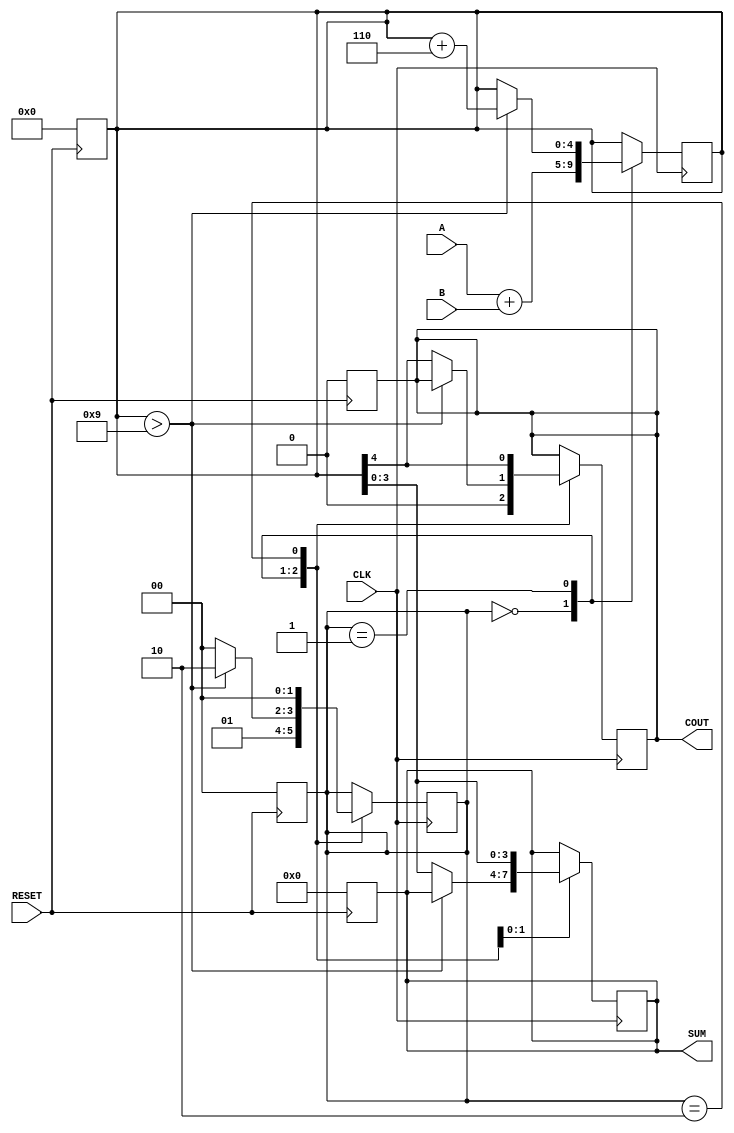
module BCD_Sequential_Adder (
    input  wire [3:0] A,            // First BCD digit
    input  wire [3:0] B,            // Second BCD digit
    input  wire CLK,                 // Clock signal
    input  wire RESET,               // Asynchronous reset
    output reg  [3:0] SUM,           // BCD sum output
    output reg  COUT                 // Carry out signal
);

    // Internal states
    reg [4:0] TEMP_SUM;              // 5-bit register for intermediate sum
    reg [1:0] STATE;                 // State register
    localparam IDLE = 2'b00,         // Idle state
               ADDING = 2'b01,       // Adding state
               ADJUSTING = 2'b10;    // Adjusting state

    // Asynchronous reset
    always @(posedge RESET) begin
        SUM <= 4'b0000;              // Initialize SUM to zero
        COUT <= 1'b0;                // Initialize COUT to zero
        TEMP_SUM <= 5'b00000;        // Initialize TEMP_SUM to zero
        STATE <= IDLE;               // Set state to IDLE
    end

    // Sequential logic on clock edge
    always @(posedge CLK) begin
        case (STATE)
            IDLE: begin
                // Move to ADDING state
                TEMP_SUM <= A + B;     // Compute the sum of A and B
                STATE <= ADDING;       // Transition to ADDING state
                COUT <= 1'b0;          // Clear carry out
            end

            ADDING: begin
                // Check for BCD adjustment
                if (TEMP_SUM > 9) begin
                    TEMP_SUM <= TEMP_SUM + 5'b00110; // Adjusting by adding 6
                    STATE <= ADJUSTING;   // Move to ADJUSTING state
                end else begin
                    SUM <= TEMP_SUM[3:0]; // Valid BCD result
                    COUT <= TEMP_SUM[4];  // Set carry out if TEMP_SUM[4] is high
                    STATE <= IDLE;        // Go back to IDLE state
                end
            end

            ADJUSTING: begin
                // Finalize the output after adjustment
                SUM <= TEMP_SUM[3:0];      // Assign adjusted sum to output
                COUT <= TEMP_SUM[4];       // Set carry out
                STATE <= IDLE;              // Go back to IDLE state
            end
        endcase
    end

endmodule